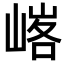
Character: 𪩄